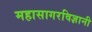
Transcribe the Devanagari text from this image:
महासागरविज्ञानी